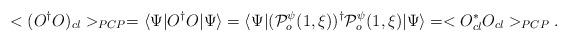
LaTeX: \begin{align*}< (O^{\dagger}O)_{cl} >_{PCP} = \langle \Psi|O^{\dagger}O|\Psi \rangle = \langle \Psi|({\cal P}^{\psi}_o(1,\xi))^{\dagger}{\cal P}^{\psi}_o(1,\xi)|\Psi \rangle = < O^*_{cl} O_{cl} >_{PCP}.\end{align*}